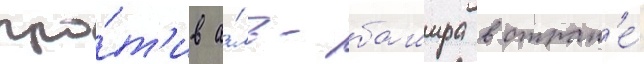
про́т'ив а́ль-башира в стран'е́